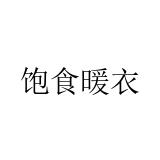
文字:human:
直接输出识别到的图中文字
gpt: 饱食暖衣